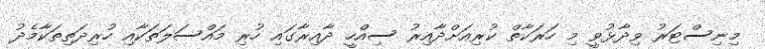
މިނިސްޓަރު ވިދާޅުވީ މި ހަރަކާތް ކުރިއަށްދާއިރު ސިއްހީ ދާއިރާގައި ހުރި މައްސަލަތަކާއި ހުރިދަތިތަކާމެދު